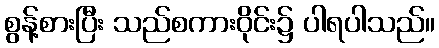
စွန့်စားပြီး သည်စကားဝိုင်း၌ ပါရပါသည်။